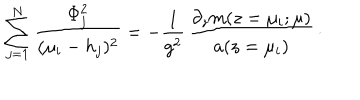
\sum _ { j = 1 } ^ { N } { \frac { \Phi _ { j } ^ { 2 } } { ( \mu _ { i } - h _ { j } ) ^ { 2 } } } = - { \frac { 1 } { g ^ { 2 } } } \, { \frac { \partial _ { z } m ( z = \mu _ { i } ; \mu ) } { a ( z = \mu _ { i } ) } } \, \cdotp